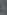
(